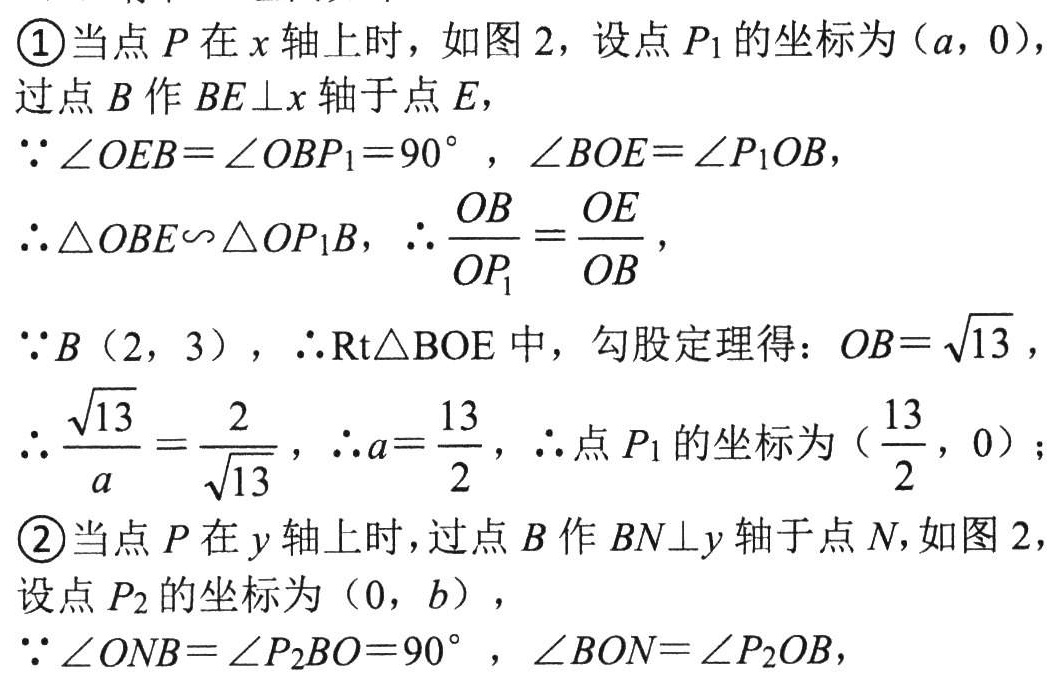
\textcircled{1}当点 \(P\) 在 \(x\) 轴上时，如图 2，设点 \(P_1\) 的坐标为 \((a,0)\)，

过点 \(B\) 作 \(BE\perp x\) 轴于点 \(E\)，

\(\because\angle OEB = \angle OBP_1 = 90^{\circ}\)，\(\angle BOE=\angle P_1OB\)，

\(\therefore\triangle OBE\sim\triangle OP_1B\)，\(\therefore\frac{OB}{OP_1}=\frac{OE}{OB}\)，

\(\because B(2,3)\)，\(\therefore\mathrm{Rt}\triangle BOE\) 中，勾股定理得：\(OB = \sqrt{13}\)，

\(\therefore\frac{\sqrt{13}}{a}=\frac{2}{\sqrt{13}}\)，\(\therefore a = \frac{13}{2}\)，\(\therefore\) 点 \(P_1\) 的坐标为 \((\frac{13}{2},0)\)；

\textcircled{2}当点 \(P\) 在 \(y\) 轴上时，过点 \(B\) 作 \(BN\perp y\) 轴于点 \(N\)，如图 2，

设点 \(P_2\) 的坐标为 \((0,b)\)，

\(\because\angle ONB=\angle P_2BO = 90^{\circ}\)，\(\angle BON=\angle P_2OB\)，